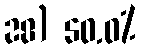
28) 50.0%